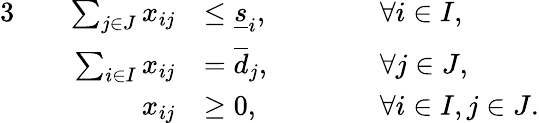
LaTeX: \begin{array}{rlrlrl}{{3}}&{}&{\sum_{j\in J}x_{ij}}&{\le\underline{{s}}_{i},}&{\qquad}&{\forall i\in I,}\\ &{}&{\sum_{i\in I}x_{ij}}&{=\overline{{d}}_{j},}&&{\forall j\in J,}\\ &{}&{x_{ij}}&{\ge 0,}&&{\forall i\in I,j\in J.}\end{array}